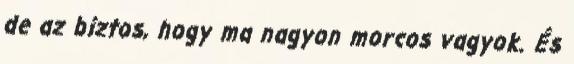
de az biztos, hogy ma nagyon morcos vagyok. És